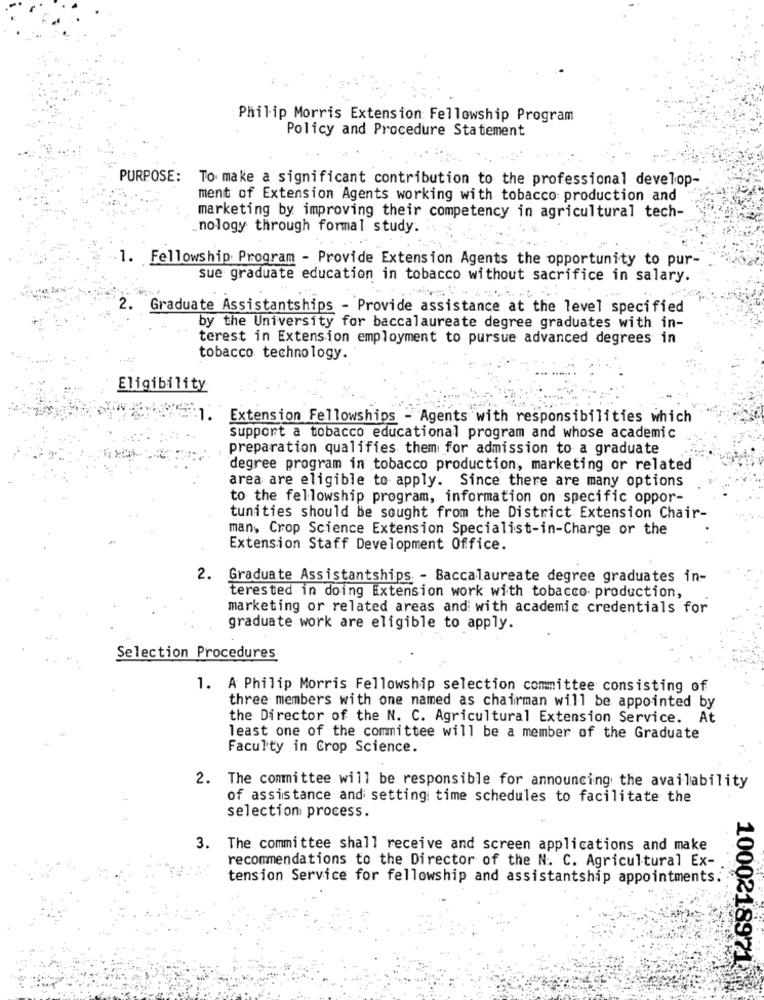
Philip Morris Extension Fellowship Program
Policy and Procedure Statement
PURPOSE:
To make a significant contribution to the professional develop-
ment of Extension Agents working with tobacco production and
marketing by improving their competency in agricultural tech-
nology through formal study.
1. Fellowship Program - Provide Extension Agents the opportunity to pur-
sue graduate education in tobacco without sacrifice in salary.
2.
Graduate Assistantships - Provide assistance at the level specified
by the University for baccalaureate degree graduates with in-
terest in Extension employment to pursue advanced degrees in
tobacco technology.
Eligibility
1.
Extension Fellowships - Agents with responsibilities which
support a tobacco educational program and whose academic
preparation qualifies them for admission to a graduate
degree program in tobacco production, marketing or related
area are eligible to apply. Since there are many options
to the fellowship program, information on specific oppor-
tunities should be sought from the District Extension Chair-
man, Crop Science Extension Specialist-in-Charge or the
Extension Staff Development Office.
2. Graduate Assistantships - Baccalaureate degree graduates in-
terested in doing Extension work with tobacco production,
marketing or related areas and with academic credentials for
graduate work are eligible to apply.
Selection Procedures
1. A Philip Morris Fellowship selection committee consisting of
three members with one named as chairman will be appointed by
the Director of the N. C. Agricultural Extension Service. At
least one of the committee will be a member of the Graduate
Faculty in Crop Science.
2. The committee will be responsible for announcing the availability
of assistance and setting time schedules to facilitate the
selection process.
3. The committee shall receive and screen applications and make
recommendations to the Director of the N. C. Agricultural Ex-
tension Service for fellowship and assistantship appointments.
1000218971